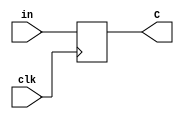
module operation_alu(clk,in,C); //side ff for cout
	input clk;
	input [3:0] in;
	output reg [3:0] C;
	
always @(posedge clk)
begin
	C <= in;
end

endmodule